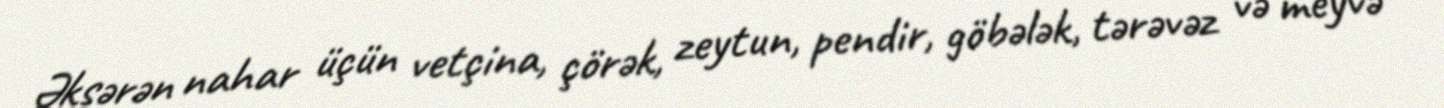
Əksərən nahar üçün vetçina, çörək, zeytun, pendir, göbələk, tərəvəz və meyvə